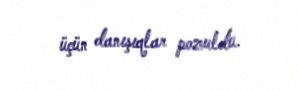
üçün danışıqlar pozuldu.